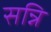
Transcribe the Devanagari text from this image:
सन्नि